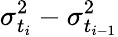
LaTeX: \sigma_{t_{i}}^{2}-\sigma_{t_{i-1}}^{2}